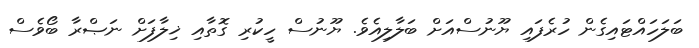
ބަލަހައްޓައިގެން ހުރެފައި ޔޫނުސްއަށް ބަލާލިއެވެ. ޔޫނުސް ހީކުރި ގޮތާއި ޚިލާފަށް ނަޞްރާ ބޯވެސް